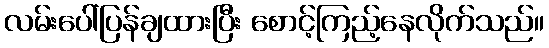
လမ်းပေါ်ပြန်ချထားပြီး စောင့်ကြည့်နေလိုက်သည်။